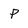
Character: p